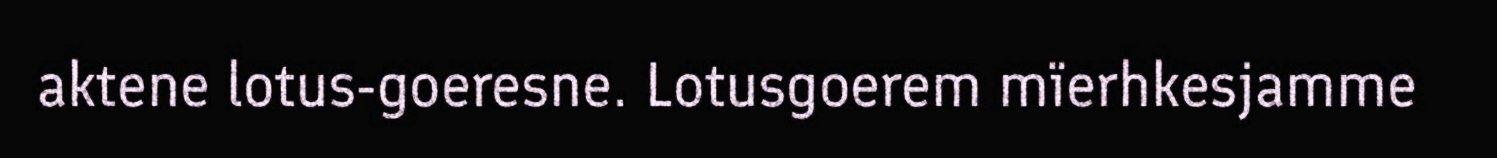
aktene lotus-goeresne. Lotusgoerem mïerhkesjamme